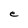
Character: e